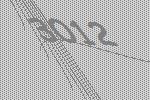
3012